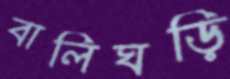
বালিঘড়ি